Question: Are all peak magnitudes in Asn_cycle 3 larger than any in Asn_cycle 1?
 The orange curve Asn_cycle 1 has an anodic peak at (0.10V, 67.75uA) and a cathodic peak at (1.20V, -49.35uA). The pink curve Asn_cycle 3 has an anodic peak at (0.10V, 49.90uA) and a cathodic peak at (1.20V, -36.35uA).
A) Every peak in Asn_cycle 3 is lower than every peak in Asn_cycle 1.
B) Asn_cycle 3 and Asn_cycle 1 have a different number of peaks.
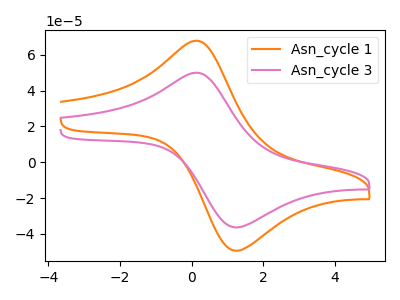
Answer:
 <answer>A) Every peak in "Asn_cycle 3" is lower than every peak in "Asn_cycle 1".</answer>
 <eval>A</eval>